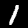
Label: 1